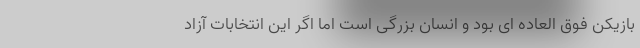
بازیکن فوق العاده ای بود و انسان بزرگی است اما اگر این انتخابات آزاد